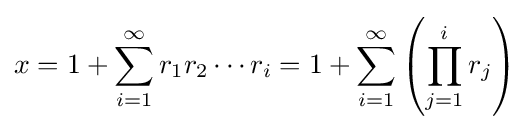
x=1+\sum _{i=1}^{\infty }r_{1}r_{2}\cdots r_{i}=1+\sum _{i=1}^{\infty }\left(\prod _{j=1}^{i}r_{j}\right)